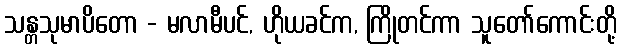
သန္တသုမာပိတော - မလာမီပင်, ဟိုယခင်က, ကြိုတင်ကာ သူတော်ကောင်းတို့